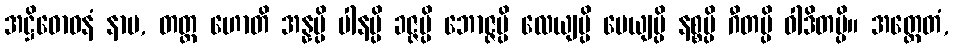
အဋ္ဌိဓောဝနံ နာမ, တတ္ထ ဟောတိ အန္နမ္ပိ ပါနမ္ပိ ခဇ္ဇမ္ပိ ဘောဇ္ဇမ္ပိ လေယျမ္ပိ ပေယျမ္ပိ နစ္စမ္ပိ ဂီတမ္ပိ ဝါဒိတမ္ပိ။ အတ္ထေတံ,